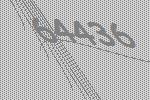
64436